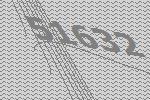
51632